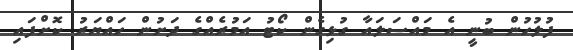
ފުލުހުން ބުނީ އެ މައްސަލައާ ގުޅިގެން ކޯޓު އަމުރެއްގެ ދަށުން ހައްޔަރު ކޮށްފައި